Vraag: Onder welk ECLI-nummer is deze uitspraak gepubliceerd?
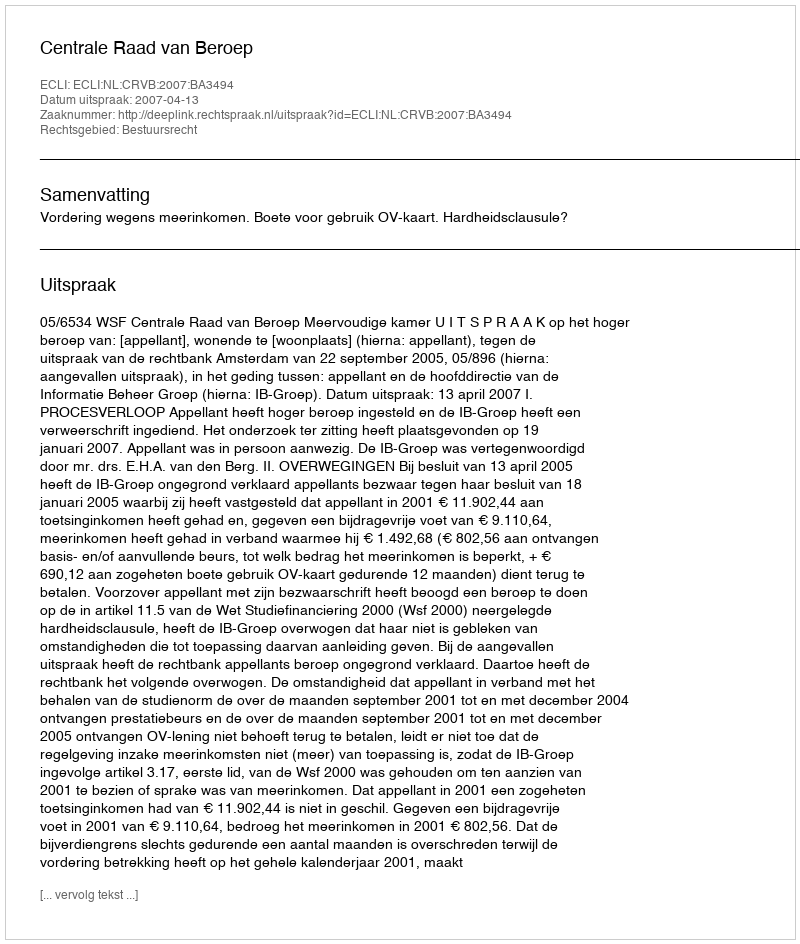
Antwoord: ECLI:NL:CRVB:2007:BA3494